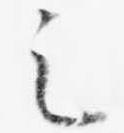
之